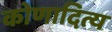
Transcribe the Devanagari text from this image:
कोणादित्य